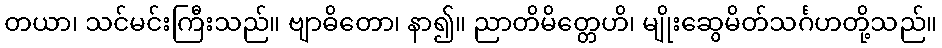
တယာ၊ သင်မင်းကြီးသည်။ ဗျာဓိတော၊ နာ၍။ ညာတိမိတ္တေဟိ၊ မျိုးဆွေမိတ်သင်္ဂဟတို့သည်။